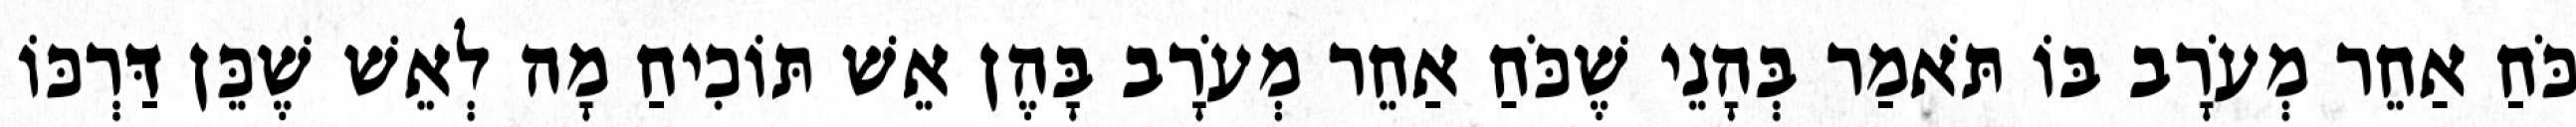
כֹּחַ אַחֵר מְעֹרָב בּוֹ תֹּאמַר בְּהָנֵי שֶׁכֹּחַ אַחֵר מְעֹרָב בָּהֶן אֵשׁ תּוֹכִיחַ מָה לְאֵשׁ שֶׁכֵּן דַּרְכּוֹ